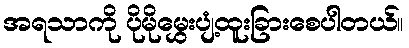
အရသာကို ပိုမိုမွှေးပျံ့ထူးခြားစေပါတယ်။